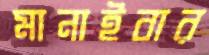
মানাইবার